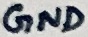
Text: GND